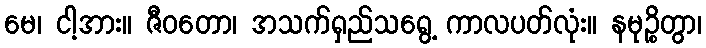
မေ၊ ငါ့အား။ ဇီဝတော၊ အသက်ရှည်သရွေ့ ကာလပတ်လုံး။ နမုဉ္စိတွာ၊